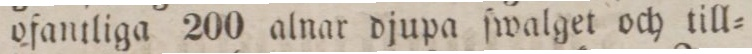
ofantliga 200 alnar djupa ſwalget och till=